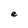
Character: e